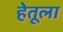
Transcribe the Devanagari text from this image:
हेतूला